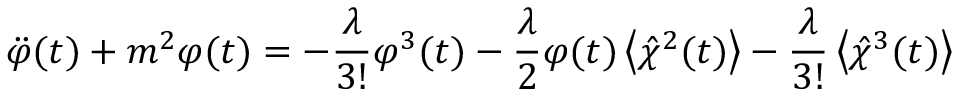
\ddot { \varphi } ( t ) + m ^ { 2 } \varphi ( t ) = - \frac { \lambda } { 3 ! } \varphi ^ { 3 } ( t ) - \frac { \lambda } { 2 } \varphi ( t ) \left\langle \hat { \chi } ^ { 2 } ( t ) \right\rangle - \frac { \lambda } { 3 ! } \left\langle \hat { \chi } ^ { 3 } ( t ) \right\rangle